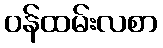
ဝန်ထမ်းလစာ